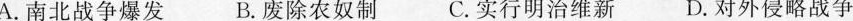
A.南北战争爆发 B.废除农奴制C.实行明治维新 D.对外侵略战争